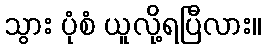
သွား ပုံစံ ယူလို့ရပြီလား။